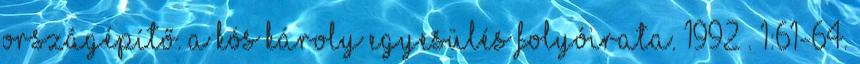
Országépítő. A Kós Károly Egyesülés folyóirata. 1992 . 1:61-64.